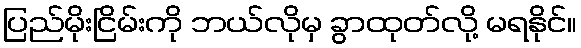
ပြည်မိုးငြိမ်းကို ဘယ်လိုမှ ခွာထုတ်လို့ မရနိုင်။